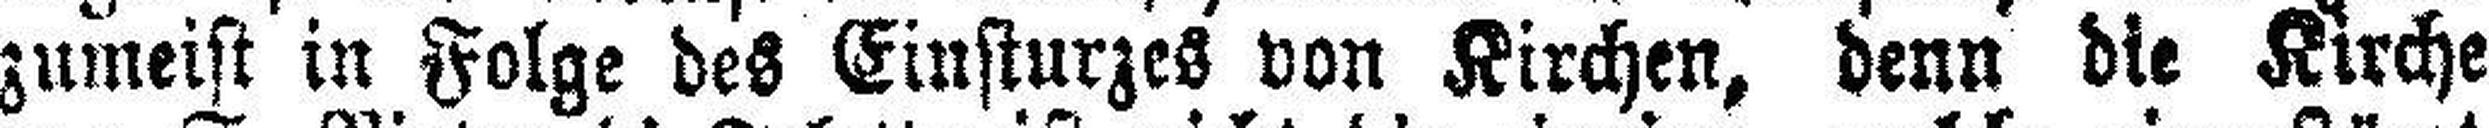
zumeist in Folge des Einsturzes von Kirchen, denn die Kirche